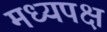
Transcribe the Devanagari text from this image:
मध्यपक्ष